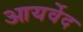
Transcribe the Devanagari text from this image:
आयर्वेद